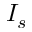
I _ { s }